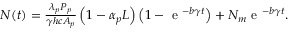
\begin{array} { r } { N ( t ) = \frac { \lambda _ { p } P _ { p } } { \gamma h c A _ { p } } \left( 1 - \alpha _ { p } L \right) \left( 1 - \textnormal { e } ^ { - b \gamma t } \right) + N _ { m } \textnormal { e } ^ { - b \gamma t } . } \end{array}